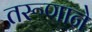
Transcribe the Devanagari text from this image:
तरूणाने